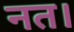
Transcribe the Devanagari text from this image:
नत।